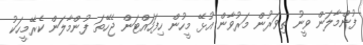
ފުންމާލަން ވީނު ތިވަރުން މަރުވާން އުޅޭ މީހުން ހިފަހައްޓަން ޖެހޭތަ ފުންމާލަން ކެރޭމީހަކު